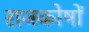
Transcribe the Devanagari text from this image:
राजकोषों